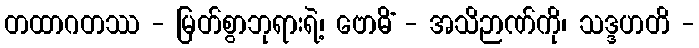
တထာဂတဿ - မြတ်စွာဘုရားရဲ့၊ ဗောဓိံ - အသိဉာဏ်ကို၊ သဒ္ဒဟတိ -